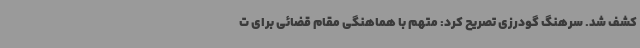
کشف شد. سرهنگ گودرزی تصریح کرد: متهم با هماهنگی مقام قضائی برای ت